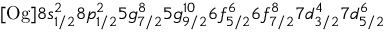
\mathrm { [ O g ] } 8 s _ { 1 / 2 } ^ { 2 } 8 p _ { 1 / 2 } ^ { 2 } 5 g _ { 7 / 2 } ^ { 8 } 5 g _ { 9 / 2 } ^ { 1 0 } 6 f _ { 5 / 2 } ^ { 6 } 6 f _ { 7 / 2 } ^ { 8 } 7 d _ { 3 / 2 } ^ { 4 } 7 d _ { 5 / 2 } ^ { 6 }